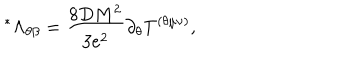
^ { \ast } \Lambda _ { \theta \beta } = \frac { 8 D M ^ { 2 } } { 3 e ^ { 2 } } \partial _ { \theta } T ^ { ( \theta \mu \nu ) } ,